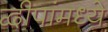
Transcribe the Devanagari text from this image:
द्वीपांमध्ये